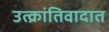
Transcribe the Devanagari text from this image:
उत्क्रांतिवादात